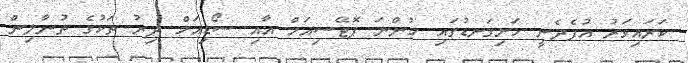
ކަރައިވަރު އުފެދެނީ ހަށިގަނޑުގައި ހުންނަ ޕޮޓޭސިއަމް އާއި ސޯޑިއަމް ދިރު ތަކުގެ ތުނާލިން